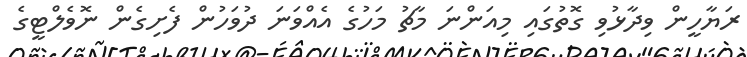
ރަޔާހީން ވިދާޅުވި ގޮތުގައި މިއަންނަ މާޗު މަހުގެ އެއްވަނަ ދުވަހުން ފެށިގެން ނޮވެލްޓީގެ